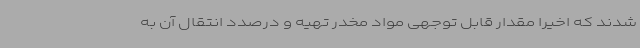
شدند که اخیرا مقدار قابل توجهی مواد مخدر تهیه و درصدد انتقال آن به